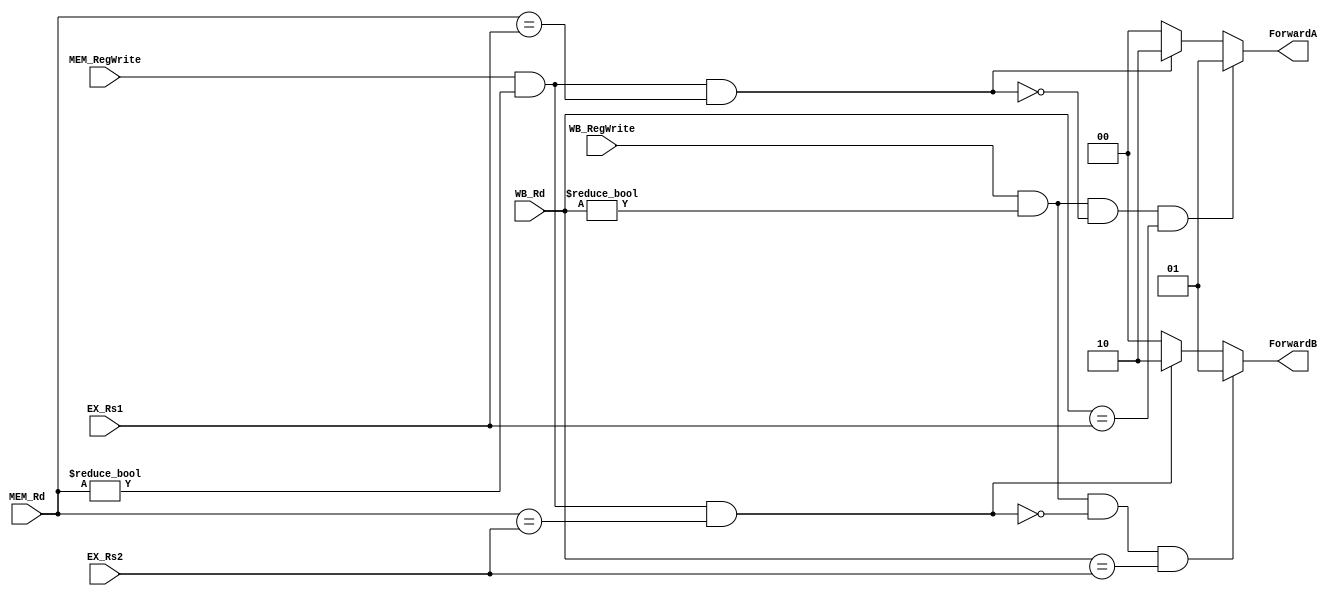
module Forwarding_Unit(EX_Rs1, EX_Rs2, WB_Rd, WB_RegWrite, MEM_Rd, MEM_RegWrite, ForwardA, ForwardB);

input [4:0] EX_Rs1;
input [4:0] EX_Rs2;
input [4:0] WB_Rd;
input WB_RegWrite;
input [4:0] MEM_Rd;
input MEM_RegWrite;
output reg [1:0] ForwardA;
output reg [1:0] ForwardB;
always @ (EX_Rs1, EX_Rs2, WB_Rd, WB_RegWrite, MEM_Rd, MEM_RegWrite)
begin
	ForwardA = 2'b00;
	ForwardB = 2'b00;
	if(MEM_RegWrite
	&& (MEM_Rd != 0)
	&& (MEM_Rd == EX_Rs1)) ForwardA = 2'b10;
	
	if(MEM_RegWrite
	&& (MEM_Rd != 0)
	&& (MEM_Rd == EX_Rs2)) ForwardB = 2'b10;

	if(WB_RegWrite
	&& (WB_Rd != 0)
	&& !(MEM_RegWrite && (MEM_Rd != 0)
	&& (MEM_Rd == EX_Rs1))
	&& (WB_Rd == EX_Rs1)) ForwardA = 2'b01;
	
	if(WB_RegWrite
	&& (WB_Rd != 0)
	&& !(MEM_RegWrite && (MEM_Rd != 0)
	&& (MEM_Rd == EX_Rs2))
	&& (WB_Rd == EX_Rs2)) ForwardB = 2'b01;
end

endmodule